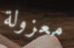
معزولة